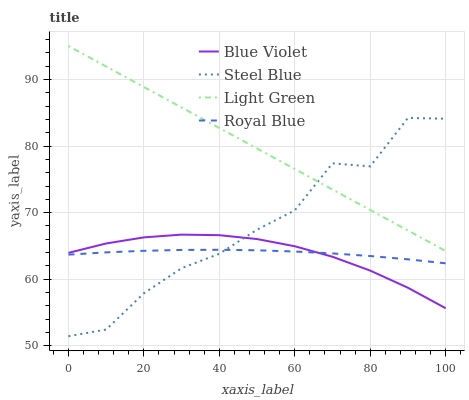
| xaxis_label | Blue Violet | Steel Blue | Light Green | Royal Blue |
 | --- | --- | --- | --- | --- |
 | 0 | 64 | 51.5 | 95 | 63.7 |
 | 10 | 65.4 | 52.5 | 91.9 | 64 |
 | 20 | 66.3 | 57.9 | 88.9 | 64.3 |
 | 30 | 66.7 | 61.7 | 85.8 | 64.4 |
 | 40 | 66.6 | 63.8 | 82.7 | 64.4 |
 | 50 | 66 | 67.4 | 79.6 | 64.4 |
 | 60 | 65 | 70.3 | 76.6 | 64.2 |
 | 70 | 63.4 | 77.4 | 73.5 | 63.9 |
 | 80 | 61.3 | 76.9 | 70.4 | 63.5 |
 | 90 | 58.7 | 84.2 | 67.3 | 63 |
 | 100 | 55.7 | 84.1 | 64.3 | 62.4 |